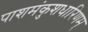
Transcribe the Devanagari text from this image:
पाशमंकुशधारिणम्